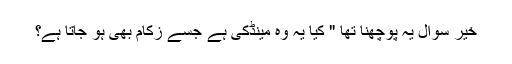
خير سوال يہ پوچھنا تھا " کيا يہ وہ مينڈکی ہے جسے زکام بھی ہو جاتا ہے؟